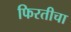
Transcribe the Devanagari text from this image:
फिरतीचा